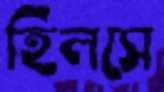
হিলসে